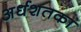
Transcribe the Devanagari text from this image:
अर्धशतका